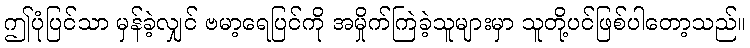
ဤပုံပြင်သာ မှန်ခဲ့လျှင် ဗမာ့ရေပြင်ကို အမှိုက်ကြဲခဲ့သူများမှာ သူတို့ပင်ဖြစ်ပါတော့သည်။